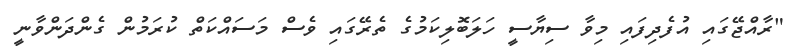
"ރާއްޖޭގައި އުފެދިފައި މިވާ ސިޔާސީ ހަލަބޮލިކަމުގެ ތެރޭގައި ވެސް މަސައްކަތް ކުރަމުން ގެންދަންވާނީ